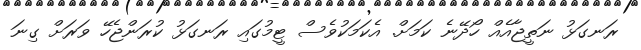
ރަނގަޅު ނަތީޖާއެއް ހޯދޭނެ ކަމަށް. އެކަމަކުވެސް ޓީމުގައި ރަނގަޅު ކުރަންޖެހޭ ވަރަށް ގިނަ